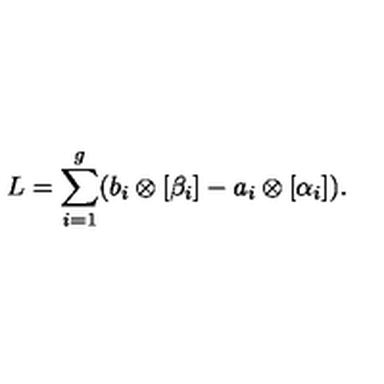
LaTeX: L = \sum _ { i = 1 } ^ { g } ( b _ { i } \otimes [ \beta _ { i } ] - a _ { i } \otimes [ \alpha _ { i } ] ) .